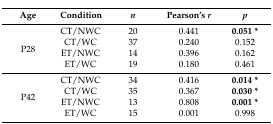
<table><thead><tr><td><b>Age</b></td><td><b>Condition</b></td><td><b><i>n</i></b></td><td><b>Pearson’s <i>r</i></b></td><td><b><i>p</i></b></td></tr></thead><tbody><tr><td rowspan="4">P28</td><td>CT/NWC</td><td>20</td><td>0.441</td><td><b>0.051 *</b></td></tr><tr><td>CT/WC</td><td>37</td><td>0.240</td><td>0.152</td></tr><tr><td>ET/NWC</td><td>14</td><td>0.396</td><td>0.162</td></tr><tr><td>ET/WC</td><td>19</td><td>0.180</td><td>0.461</td></tr><tr><td rowspan="4">P42</td><td>CT/NWC</td><td>34</td><td>0.416</td><td><b>0.014 *</b></td></tr><tr><td>CT/WC</td><td>35</td><td>0.367</td><td><b>0.030 *</b></td></tr><tr><td>ET/NWC</td><td>13</td><td>0.808</td><td><b>0.001 *</b></td></tr><tr><td>ET/WC</td><td>15</td><td>0.001</td><td>0.998</td></tr></tbody></table>